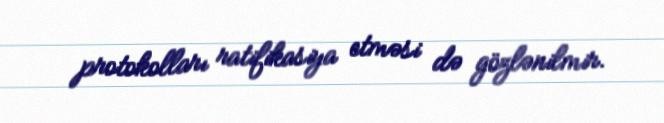
protokolları ratifikasiya etməsi də gözlənilmir.